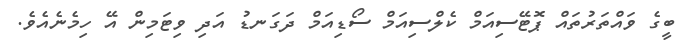
ބީގެ ވައްތަރުތައް ޕޮޓޭސިއަމް ކެލްސިއަމް ސޯޑިއަމް ދަގަނޑު އަދި ވިޓަމިން އޭ ހިމެނެއެވެ.